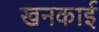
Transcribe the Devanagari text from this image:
खनकाई